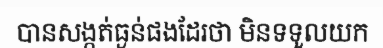
បានសង្កត់ធ្ងន់ផងដែរថា មិនទទួលយក